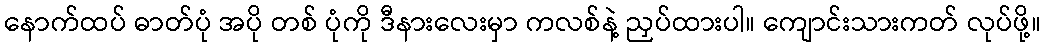
နောက်ထပ် ဓာတ်ပုံ အပို တစ် ပုံကို ဒီနားလေးမှာ ကလစ်နဲ့ ညှပ်ထားပါ။ ကျောင်းသားကတ် လုပ်ဖို့။